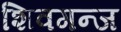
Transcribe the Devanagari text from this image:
शिवगन्ज